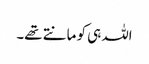
اللہ ہی کو مانتے تھے۔